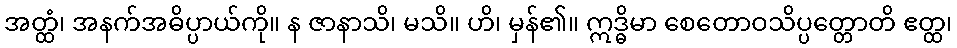
အတ္ထံ၊ အနက်အဓိပ္ပာယ်ကို။ န ဇာနာသိ၊ မသိ။ ဟိ၊ မှန်၏။ ဣဒ္ဓိမာ စေတောဝသိပ္ပတ္တောတိ ဧတ္ထ၊